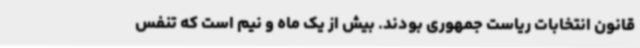
قانون انتخابات ریاست جمهوری بودند. بیش از یک ماه و نیم است که تنفس